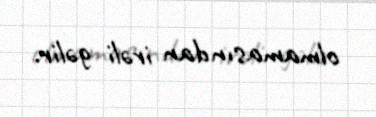
olmamasından irəli gəlir.